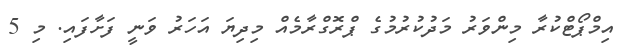
އިމްޕޯޓްކުރާ މިންވަރު މަދުކުރުމުގެ ޕްރޮގްރާމެއް މިދިޔަ އަހަރު ވަނީ ފަށާފައި. މި 5